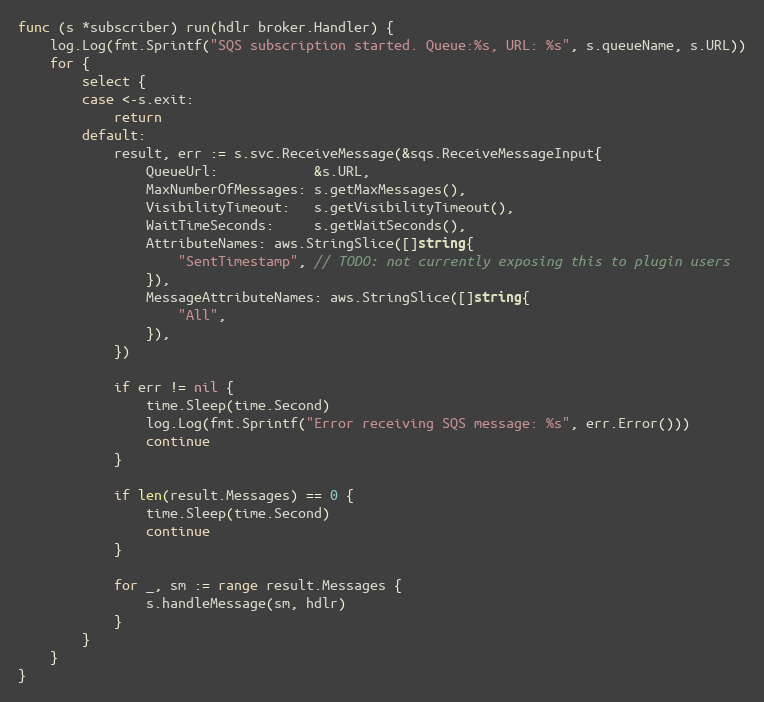
Language: Go
func (s *subscriber) run(hdlr broker.Handler) {
	log.Log(fmt.Sprintf("SQS subscription started. Queue:%s, URL: %s", s.queueName, s.URL))
	for {
		select {
		case <-s.exit:
			return
		default:
			result, err := s.svc.ReceiveMessage(&sqs.ReceiveMessageInput{
				QueueUrl:            &s.URL,
				MaxNumberOfMessages: s.getMaxMessages(),
				VisibilityTimeout:   s.getVisibilityTimeout(),
				WaitTimeSeconds:     s.getWaitSeconds(),
				AttributeNames: aws.StringSlice([]string{
					"SentTimestamp", // TODO: not currently exposing this to plugin users
				}),
				MessageAttributeNames: aws.StringSlice([]string{
					"All",
				}),
			})

			if err != nil {
				time.Sleep(time.Second)
				log.Log(fmt.Sprintf("Error receiving SQS message: %s", err.Error()))
				continue
			}

			if len(result.Messages) == 0 {
				time.Sleep(time.Second)
				continue
			}

			for _, sm := range result.Messages {
				s.handleMessage(sm, hdlr)
			}
		}
	}
}